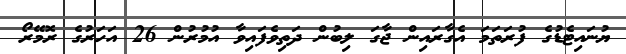
ޔުނައިޓެޑުގެ ފުރަތަމަ އެގާރައިން ޖާގަ ލިބުން ދަތިވެފައިވާ އުމުރުން 26 އަހަރުގެ ރޮމޭރޯ